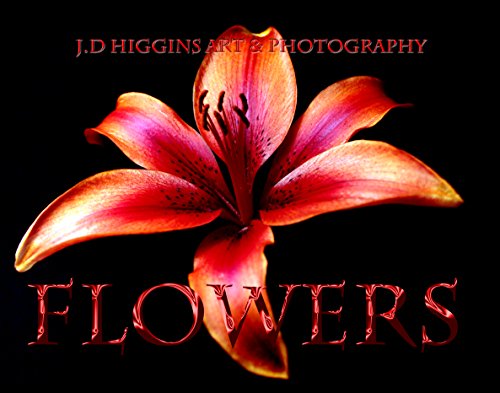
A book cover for FLOWERS Calendar 2016; Calendars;